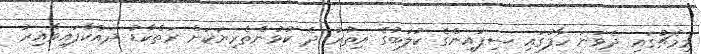
މިމެޗުގައި ދެވަނަ ހާފުގައި ސިފައިންގެ ކުލަބުގެ އިތުރު ދެ ކުޅުންތެރިޔަކަށް ރަތްކާޑު ދައްކާފައިވާއިރު